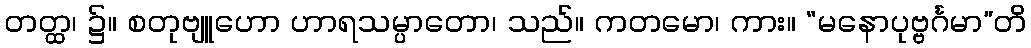
တတ္ထ၊ ၌။ စတုဗျူဟော ဟာရသမ္ပာတော၊ သည်။ ကတမော၊ ကား။ “မနောပုဗ္ဗင်္ဂမာ”တိ